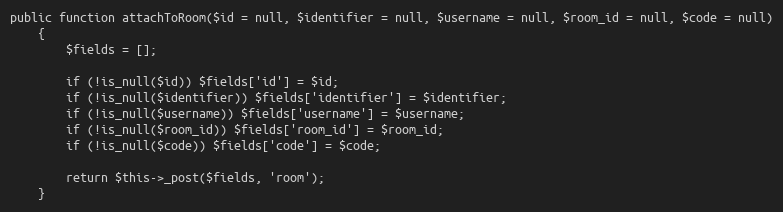
Language: PHP
public function attachToRoom($id = null, $identifier = null, $username = null, $room_id = null, $code = null)
    {
        $fields = [];

        if (!is_null($id)) $fields['id'] = $id;
        if (!is_null($identifier)) $fields['identifier'] = $identifier;
        if (!is_null($username)) $fields['username'] = $username;
        if (!is_null($room_id)) $fields['room_id'] = $room_id;
        if (!is_null($code)) $fields['code'] = $code;

        return $this->_post($fields, 'room');
    }